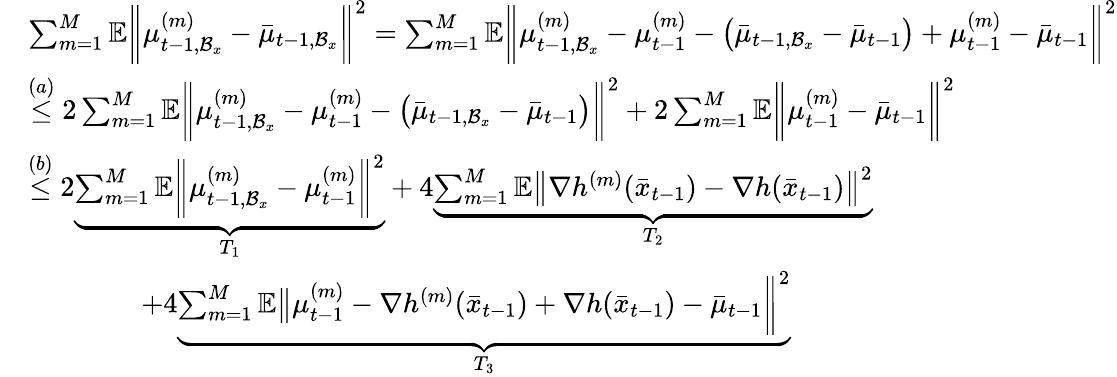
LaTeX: \begin{array}{rl}&{\sum_{m=1}^{M}\mathbb{E}\bigg\| \mu_{t-1,\mathcal{B}_{x}}^{(m)}-\bar{\mu}_{t-1,\mathcal{B}_{x}}\bigg\| ^{2}=\sum_{m=1}^{M}\mathbb{E}\bigg\| \mu_{t-1,\mathcal{B}_{x}}^{(m)}-\mu_{t-1}^{(m)}-\big(\bar{\mu}_{t-1,\mathcal{B}_{x}}-\bar{\mu}_{t-1}\big)+\mu_{t-1}^{(m)}-\bar{\mu}_{t-1}\bigg\| ^{2}}\\ &{\overset{(a)}{\leq}2\sum_{m=1}^{M}\mathbb{E}\bigg\| \mu_{t-1,\mathcal{B}_{x}}^{(m)}-\mu_{t-1}^{(m)}-\big(\bar{\mu}_{t-1,\mathcal{B}_{x}}-\bar{\mu}_{t-1}\big)\bigg\| ^{2}+2\sum_{m=1}^{M}\mathbb{E}\bigg\| \mu_{t-1}^{(m)}-\bar{\mu}_{t-1}\bigg\| ^{2}}\\ &{\overset{(b)}{\leq}2\underbrace{\sum_{m=1}^{M}\mathbb{E}\bigg\| \mu_{t-1,\mathcal{B}_{x}}^{(m)}-\mu_{t-1}^{(m)}\bigg\| ^{2}}_{T_{1}}+4\underbrace{\sum_{m=1}^{M}\mathbb{E}\big\| \nabla h^{(m)}(\bar{x}_{t-1})-\nabla h(\bar{x}_{t-1})\big\| ^{2}}_{T_{2}}}\\ &{\qquad\qquad+4\underbrace{\sum_{m=1}^{M}\mathbb{E}\big\| \mu_{t-1}^{(m)}-\nabla h^{(m)}(\bar{x}_{t-1})+\nabla h(\bar{x}_{t-1})-\bar{\mu}_{t-1}\bigg\| ^{2}}_{T_{3}}}\end{array}